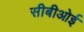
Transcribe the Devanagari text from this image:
सीबीओई